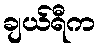
ချယ်ရီက